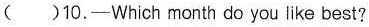
()10.-Which month do you like best?